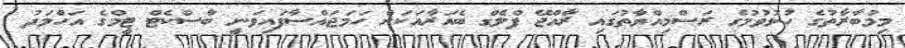
މިމުބާރާތުގެ ހުޅުވުމުގެ ރަސްމިއްޔާތުގައި ރާއްޖޭ ފްލެގް ބެއަރާއަކަށް ހަމަޖައްސާފައިވަނީ ބާސްކެޓް ޓީމްގެ އަހްމަދު